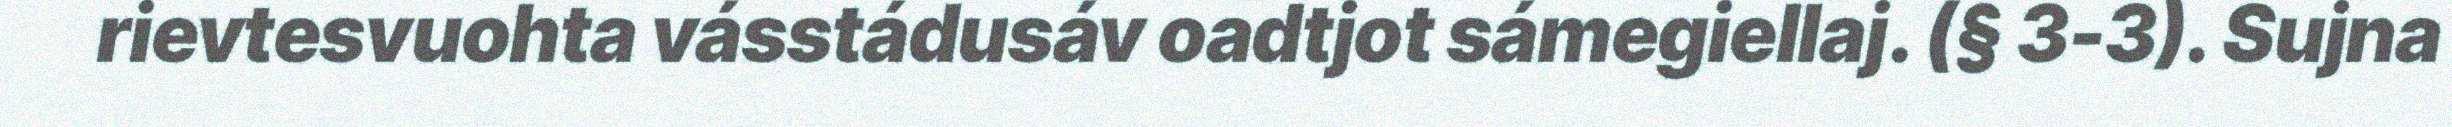
rievtesvuohta vásstádusáv oadtjot sámegiellaj. (§ 3-3). Sujna